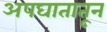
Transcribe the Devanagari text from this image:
अपघातातून